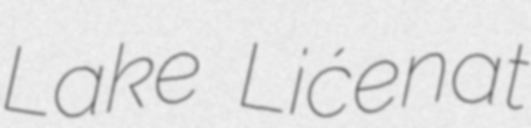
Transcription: Lake Lićenat